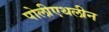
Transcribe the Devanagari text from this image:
पोलीएथलीन